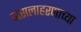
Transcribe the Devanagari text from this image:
वत्सलाहरणाच्या